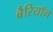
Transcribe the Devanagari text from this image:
बैरियॉन